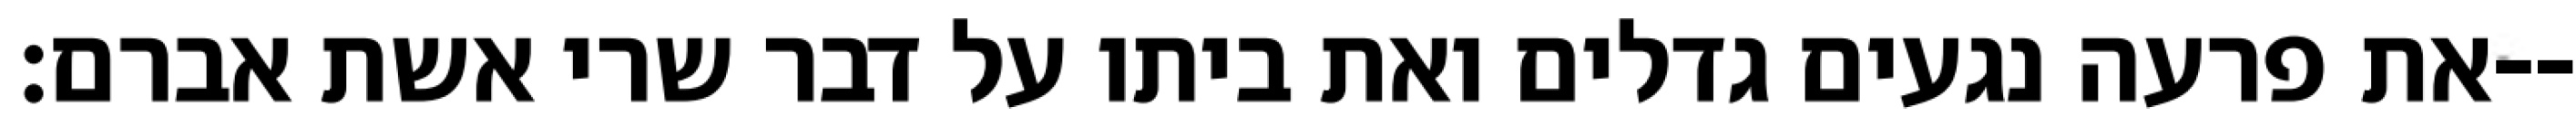
את פרעה נגעים גדלים ואת ביתו על דבר שרי אשת אברם׃--